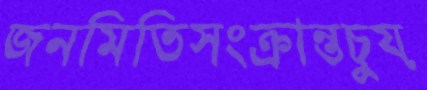
জনমিতিসংক্রান্তচুয়